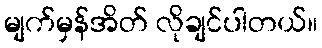
မျက်မှန်အိတ် လိုချင်ပါတယ်။